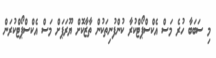
މި ސަބަބާ ހުރެ މަސް އެކްސްޕޯޓްކުރާ ކުންފުނިތަކުން ތާޒާކޮށް ޔޫރަޕަށް މަސް އެކްސްޕޯޓްކުރަން